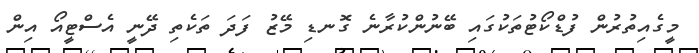
މީގެއިތުރުން ފުޑްކޯޓުތަކުގައި ބޭނުންކުރާނެ ގޮނޑި މޭޒު ފަދަ ތަކެތި ދޭނީ އެސްޓީއޯ އިން